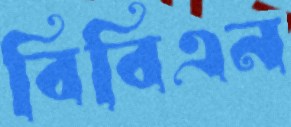
বিবিএন